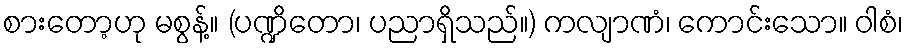
စားတော့ဟု မစွန့်။ (ပဏ္ဍိတော၊ ပညာရှိသည်။) ကလျာဏံ၊ ကောင်းသော။ ဝါစံ၊